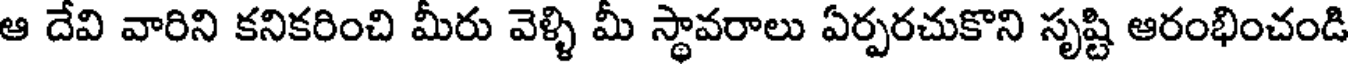
ఆ దేవి వారిని కనికరించి మీరు వెళ్ళి మీ స్థావరాలు ఏర్పరచుకొని సృష్టి ఆరంభించండి